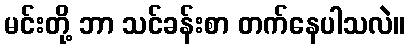
မင်းတို့ ဘာ သင်ခန်းစာ တက်နေပါသလဲ။